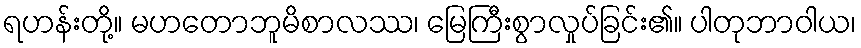
ရဟန်းတို့။ မဟတောဘူမိစာလဿ၊ မြေကြီးစွာလှုပ်ခြင်း၏။ ပါတုဘာဝါယ၊